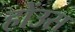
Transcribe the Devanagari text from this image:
होंउस